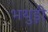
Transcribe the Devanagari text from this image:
भथुड़ी